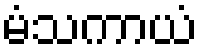
မံသကာယံ